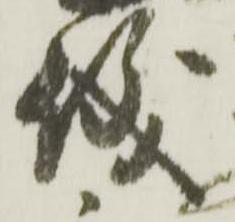
儀